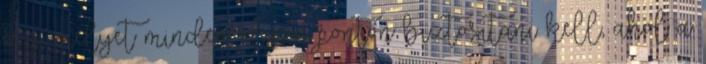
zaj, melyet minden olyan ponton biztosítani kell, ahol a